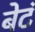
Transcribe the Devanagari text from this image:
बेटं